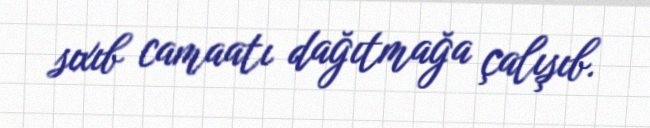
sıxıb camaatı dağıtmağa çalışıb.